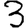
Digit: 3